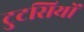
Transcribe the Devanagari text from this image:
टुटसियों